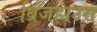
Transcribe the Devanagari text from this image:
ब्रिजहाउस